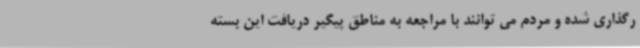
رگذاری شده و مردم می توانند با مراجعه به مناطق پیگیر دریافت این بسته